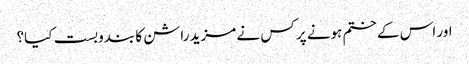
اور اس کے ختم ہونے پر کس نے مزید راشن کا بندوبست کیا؟